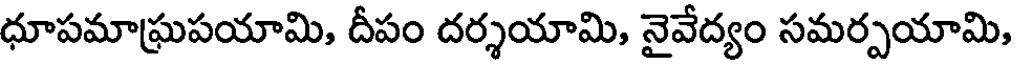
ధూపమాఘ్రపయామి, దీపం దర్శయామి, నైవేద్యం సమర్పయామి,